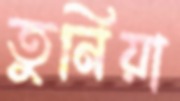
তুনিয়া